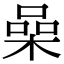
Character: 喿